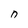
Character: n